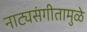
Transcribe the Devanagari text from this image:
नाट्यसंगीतामुळे